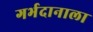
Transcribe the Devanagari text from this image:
गर्भदानाला